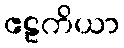
ဧဠကိယာ